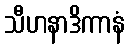
သီဟနာဒိကာနံ